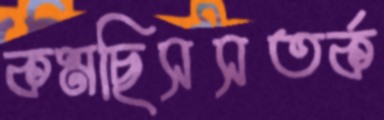
কমছিসসতর্ক